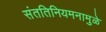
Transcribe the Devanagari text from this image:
संततिनियमनामुळे